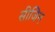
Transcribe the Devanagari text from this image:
सीजिन